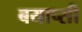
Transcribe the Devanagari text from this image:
बयाप्सी